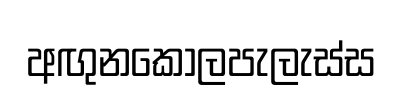
අඟුනකොලපැලැස්ස